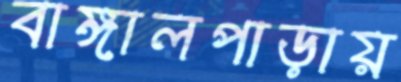
বাঙ্গালপাড়ায়